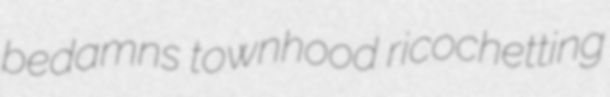
bedamns townhood ricochetting